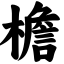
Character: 檐